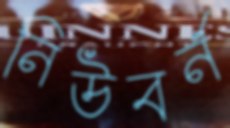
নিউবর্ন